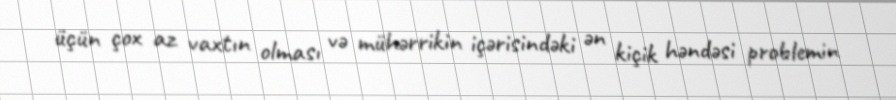
üçün çox az vaxtın olması və mühərrikin içərisindəki ən kiçik həndəsi problemin